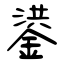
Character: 鍙